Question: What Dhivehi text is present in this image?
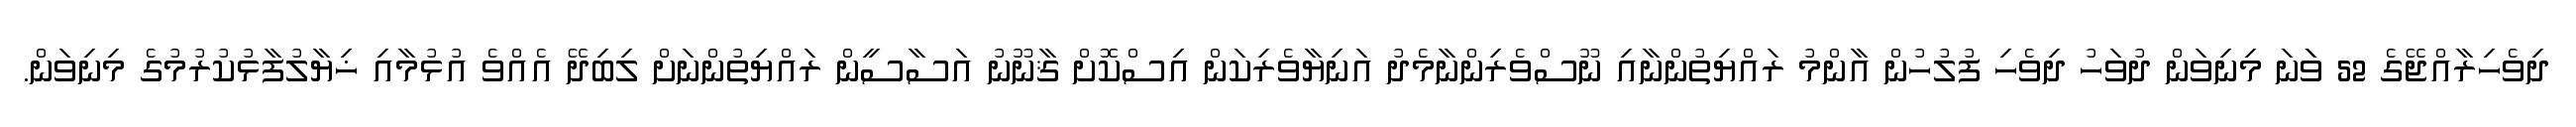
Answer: ދިވެހިރާއްޖޭގެ 52 ވަަނަ މިނިވަން ދުވަހު ދިވެހި ފުލުހުން އާންމު ރައްޔިތުންނާއި ނޫސްވެރިންނާމެދު އަނިޔާވެރިކަން އިސްކޮށް ޤާނޫނު އަސާސީން ރައްޔިތުންނަށް ލިބިދޭ އެއްވެ އުޅުމާއި ޚިޔާލުފާޅުކުރުމުގެ މިނިވަން.